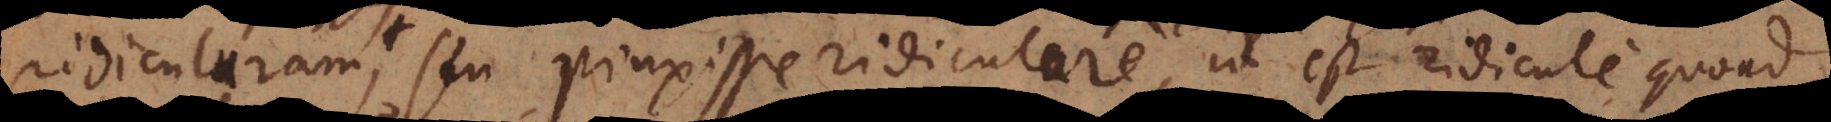
seu pinxisse ridiculure, id est ridicule quoad